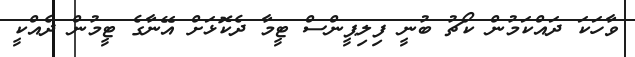
ވާހަކަ ދައްކަމުން ކޯޗު ބުނީ ފިލިޕީންސް ޓީމާ ދެކޮޅަށް އޭނާގެ ޓީމުން ދެއްކީ